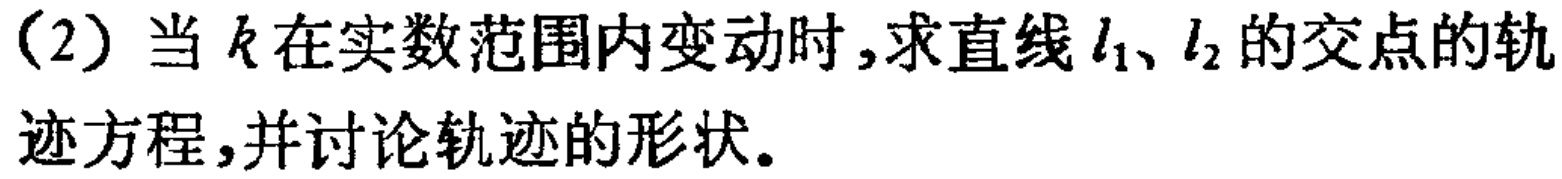
(2) 当 \(k\) 在实数范围内变动时,求直线 \(l_{1}\)、\(l_{2}\) 的交点的轨迹方程,并讨论轨迹的形状。